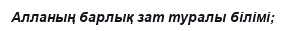
Алланың барлық зат туралы білімі;